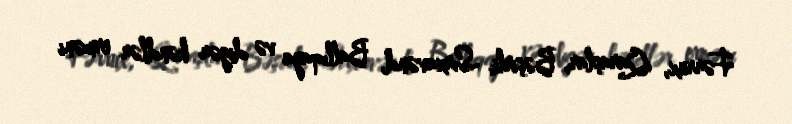
Fərrux, Qaraşlar, Bəşirli, Sırxavənd, Ballıqaya və digər kəndlər erməni